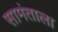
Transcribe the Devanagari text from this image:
सामंताला